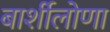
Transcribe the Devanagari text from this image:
बार्शीलोणा